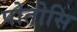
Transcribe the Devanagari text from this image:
पोतोसि